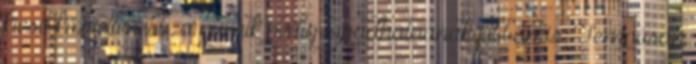
kicsit közvetlenebb, a gumik pedig tapadhatnának jobban is. Tempósan